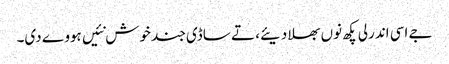
جے اسی اندرلی پکھ نوں بھلا دیئے، تے ساڈی جند خوش نئیں ہووے دی۔